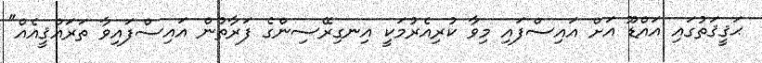
ޙަޤީޤަތުގައި އައްޑޫ އަށް އައިސްފައި މިވާ ކުރިއެރުމަކީ އިނގިރޭސިންގެ ފަރާތުން އައިސްފައިވާ ތަރައްޤީއެއް"